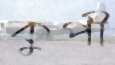
কুপী